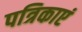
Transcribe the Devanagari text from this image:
पत्रिकाएं